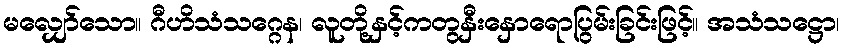
မလျှော်သော။ ဂီဟိသံသဂ္ဂေန၊ လူတို့နှင့်ကတွနှီးနှောရောပြွမ်းခြင်းဖြင့်။ အသံသဋ္ဌော၊